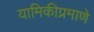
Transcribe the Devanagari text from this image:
यामिकीप्रमाणे